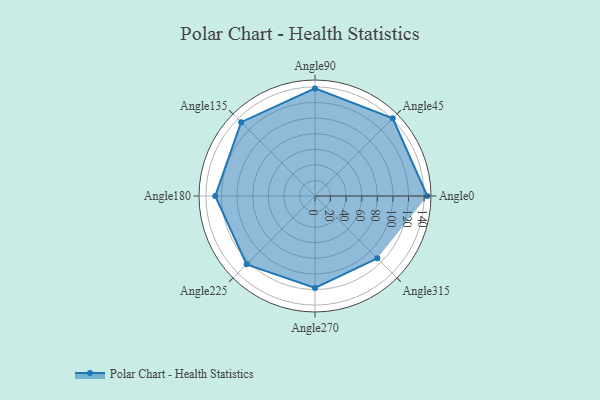
{"axis": {"x": "Angle", "y": "Radius"}, "legend": [""], "data": [{"x": "Angle0", "y": 144.0, "type": ""}, {"x": "Angle45", "y": 141.0, "type": ""}, {"x": "Angle90", "y": 138.0, "type": ""}, {"x": "Angle135", "y": 134.0, "type": ""}, {"x": "Angle180", "y": 128.0, "type": ""}, {"x": "Angle225", "y": 124.0, "type": ""}, {"x": "Angle270", "y": 118.0, "type": ""}, {"x": "Angle315", "y": 113.0, "type": ""}]}